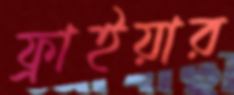
ফ্রাইয়ার